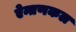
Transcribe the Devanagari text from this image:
ऐन्तणकल